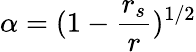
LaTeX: \alpha=(1-\frac{r_{s}}{r})^{1/2}